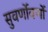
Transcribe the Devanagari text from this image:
सुवर्णोवर्णो